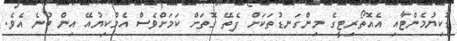
ޑޮކިޔުމެންޓާއި އެއޮތޯރިޓީގެ މިންގަނޑުތަކަށް ފެތޭ ގޮތަށް ކަމަށްވެސް އެމްކިޔުއޭ އިން ބުނެ އެވެ.